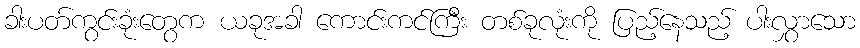
ခါးပတ်ကွင်းခုံးတွေက ယခုအခါ ကောင်းကင်ကြီး တစ်ခုလုံးကို ပြည့်နေသည့် ပါးလွှာသော